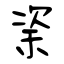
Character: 秶